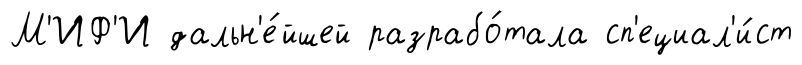
М'ИФ'И дальн'е́йшей разрабо́тала сп'ециал'и́ст